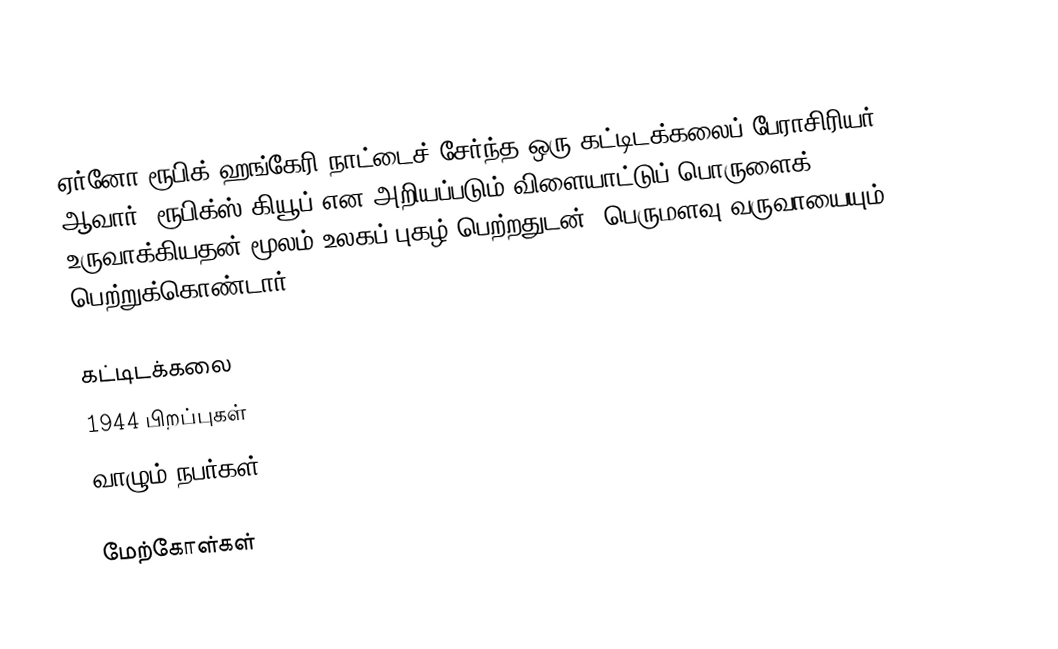
ஏர்னோ ரூபிக் ஹங்கேரி நாட்டைச் சேர்ந்த ஒரு கட்டிடக்கலைப் பேராசிரியர் ஆவார். ரூபிக்ஸ் கியூப் என அறியப்படும் விளையாட்டுப் பொருளைக் உருவாக்கியதன் மூலம் உலகப் புகழ் பெற்றதுடன், பெருமளவு வருவாயையும் பெற்றுக்கொண்டார்.

கட்டிடக்கலை
1944 பிறப்புகள்
வாழும் நபர்கள்

மேற்கோள்கள்